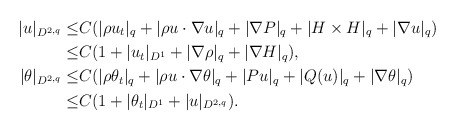
\begin{align*}| u|_{D^{2,q}} \leq& C(|\rho u_t|_q+|\rho u\cdot \nabla u |_q+|\nabla P|_q+|H\times H|_q+|\nabla u|_q)\\\leq & C(1+|u_t|_{D^1}+|\nabla \rho|_q+|\nabla H|_q),\\|\theta|_{D^{2,q}}\leq &C(|\rho \theta_t|_q+|\rho u\cdot \nabla \theta |_q+|P u |_q+|Q(u)|_q+|\nabla \theta|_q)\\\leq& C(1+|\theta_t|_{D^1}+|u|_{D^{2,q}}).\end{align*}